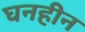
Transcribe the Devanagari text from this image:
घनहीन